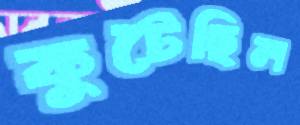
কুটেছিল